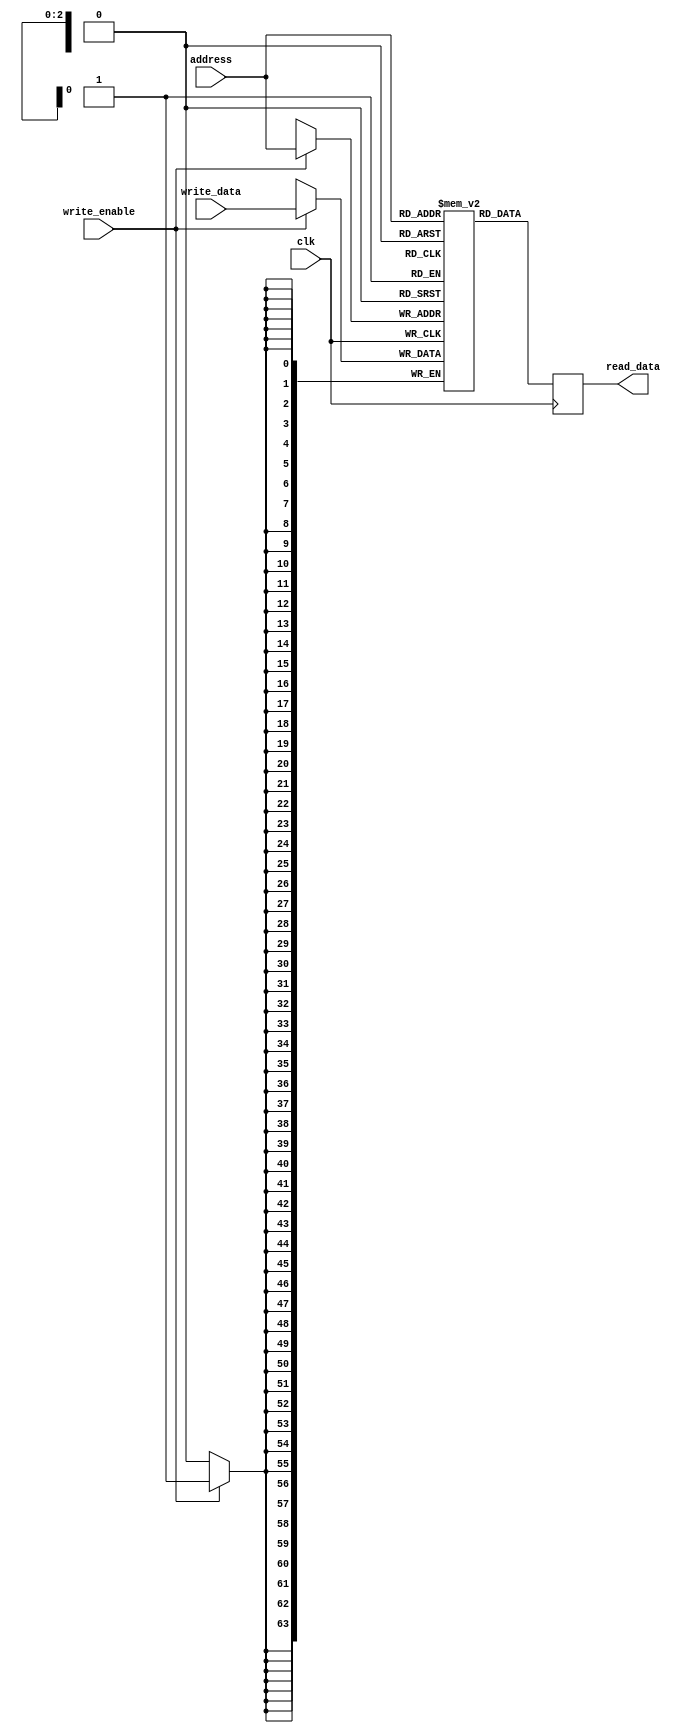
`timescale 1ns / 1ps
//////////////////////////////////////////////////////////////////////////////////
// Company: 
// Engineer: 
// 
// Design Name: 
// Module Name: register_file
// Project Name: 
// Target Devices: 
// Tool Versions: 
// Description: 
// 
// Dependencies: 
// 
// Revision:
// Revision 0.01 - File Created
// Additional Comments:
// 
//////////////////////////////////////////////////////////////////////////////////

//the place where all of the data coming in from the switches is stored
//and the output from ALU operations

//rd is for destination
//rs is for source
module register_file(clk, write_enable, address, write_data, read_data);
    parameter DATA_SIZE = 64;
    parameter ADDRESS_SIZE = 5;
    
    input write_enable, clk;
    input [2:0] address;
    input [63:0] write_data;
    output reg [63:0] read_data;
    
    reg [DATA_SIZE-1:0] BLOCK_RAM [ADDRESS_SIZE-1:0];
    
    always @ (posedge clk) begin
        if(write_enable) begin
            //write wr_data to the location specified by wr_addr
            BLOCK_RAM[address] <= write_data;
        end
    end
    
    always @ (posedge clk) begin
        read_data <= BLOCK_RAM[address];
    end
    
endmodule